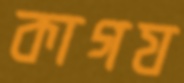
কাগয